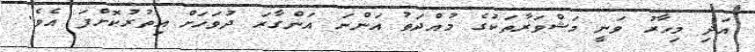
އަދި މިހާރު ވަނީ މަޝްވަރާތަކުގެ މުއްދަތު އަންނަ އަންގާރަ ދުވަހަށް އިތުރުކޮށްފަ އެވެ.